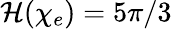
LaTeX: \mathcal{H}(\chi_{e})=5\pi/3